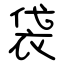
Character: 袋